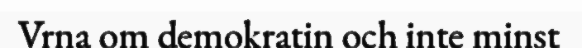
Vrna om demokratin och inte minst